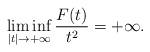
LaTeX: \begin{align*} \liminf_{|t|\to +\infty}\frac{F(t)}{t^2}=+\infty. \end{align*}